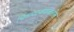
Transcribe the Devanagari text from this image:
चित्रपटजगतातील